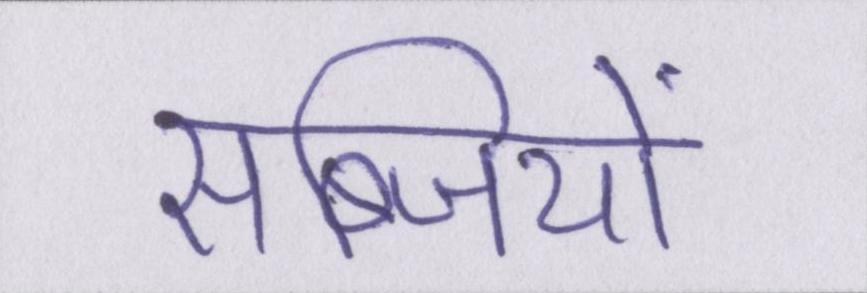
सब्जियों